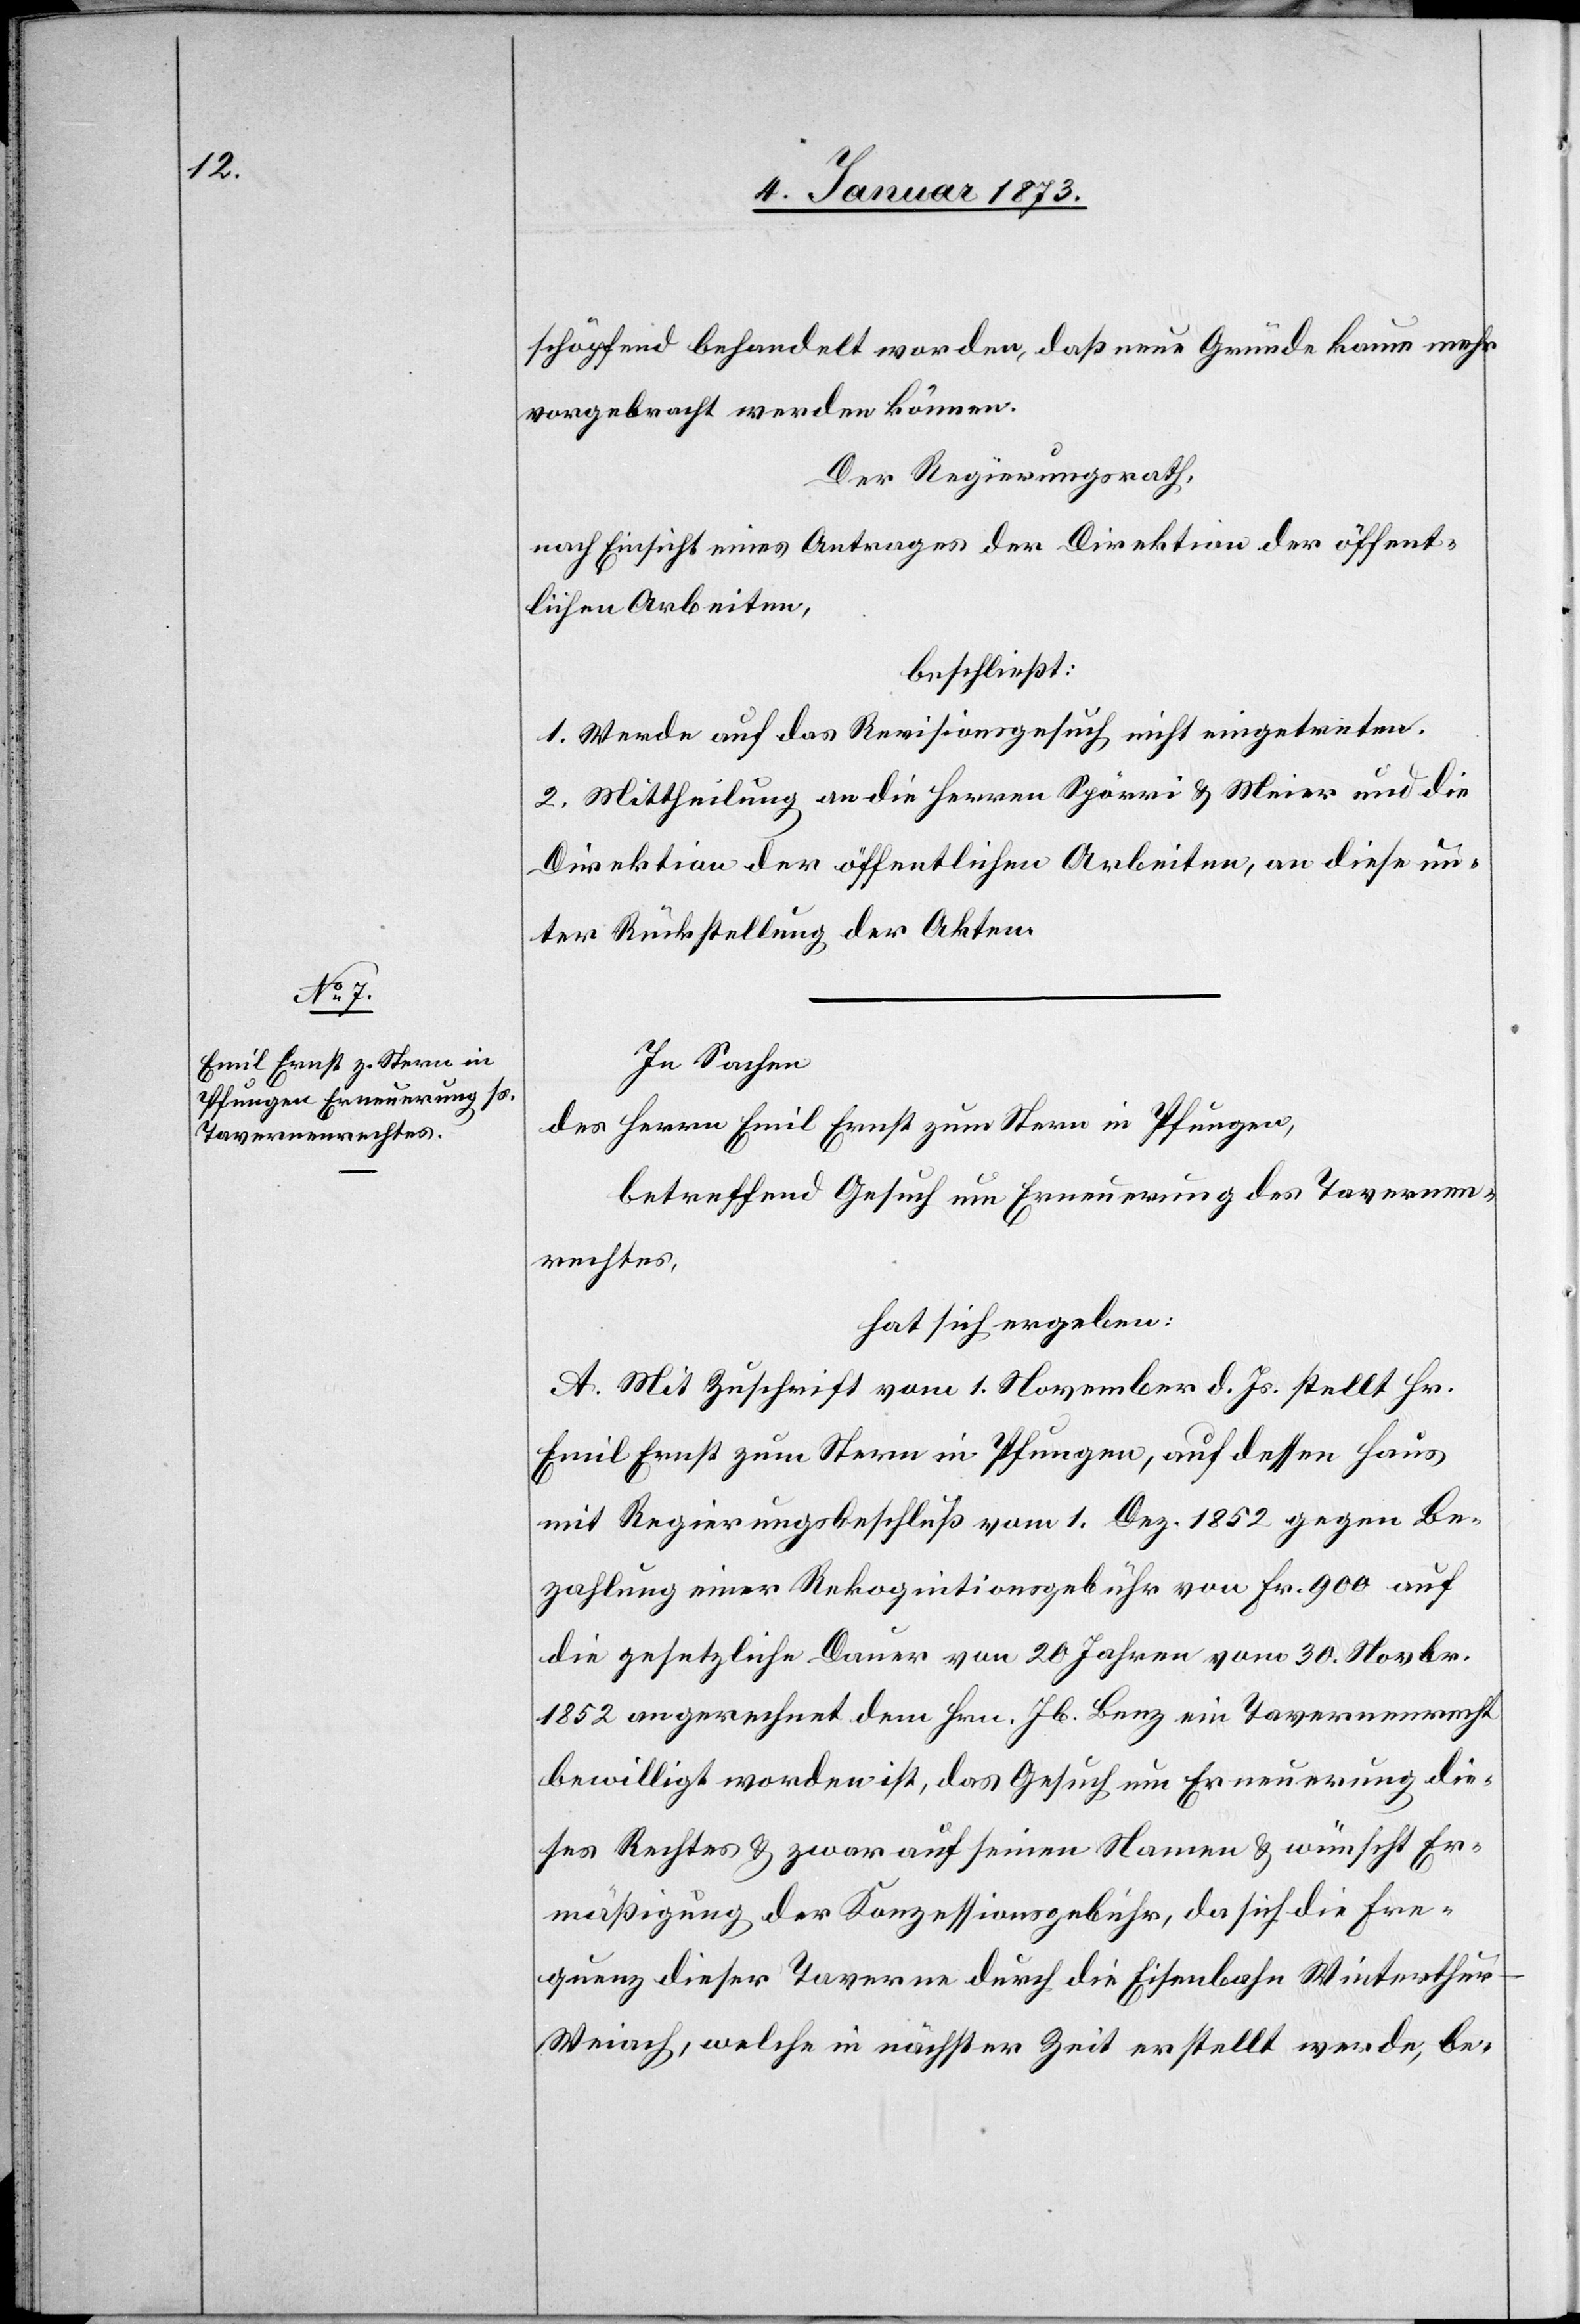
schöpfend behandelt worden, daß neue Gründe kaum noch
vorgebracht werden können.
Der Regierungsrath,
nach Einsicht eines Antrages der Direktion der öffent¬
lichen Arbeiten,
beschließt:
1. Werde auf das Revisionsgesuch nicht eingetreten.
2. Mittheilung an die Herren Spörri & Meier und die
Direktion der öffentlichen Arbeiten, an diese un¬
ter Rückstellung der Akten.
In Sache
des Herrn Emil Ernst zum Stern in Pfungen,
betreffend Gesuch um Erneuerung des Tavernen¬
rechtes,
hat sich ergeben:
A. Mit Zuschrift vom 1. November d. Js. stellt Hr.
Emil Ernst zum Stern in Pfungen, auf dessen Haus
mit Regierungsbeschluß vom 1. Dez. 1852 gegen Be¬
zahlung einer Rekognitionsgebühr von Fr. 900 auf
die gesetzliche Dauer von 20 Jahren vom 30. Novbr.
1852 angerechnet dem Hrn. Jb. Beez ein Tavernenrecht
bewilligt worden ist, das Gesuch um Erneuerung die¬
ses Rechtes & zwar auf seinen Namen & wünscht Er¬
mäßigung der Konzessionsgebühr, da sich die Fre¬
quenz dieser Taverne durch die Eisenbahn Winterthu¬
r–Weiach, welche in nächster Zeit erstellt werde, be-